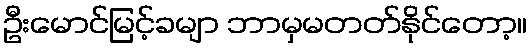
ဦးမောင်မြင့်ခမျာ ဘာမှမတတ်နိုင်တော့။